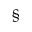
^ \mathsection